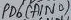
Text: PD6